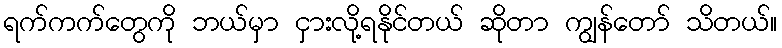
ရက်ကက်တွေကို ဘယ်မှာ ငှားလို့ရနိုင်တယ် ဆိုတာ ကျွန်တော် သိတယ်။